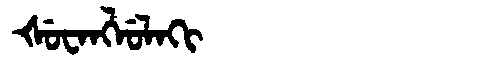
Manchu: ᡧᡠᠸᠠᠩᠯᡠᠯᠠᡴᡳ
Romanization: ŠUWANGLULAKI